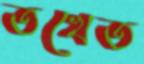
তখেত